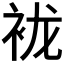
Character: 𰳲